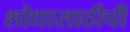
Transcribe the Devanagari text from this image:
शोधासाठीची